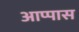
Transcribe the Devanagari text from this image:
आप्पास